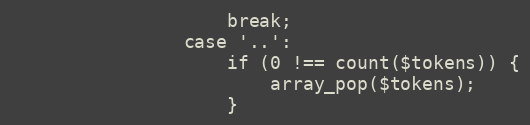
Language: PHP
                    break;
                case '..':
                    if (0 !== count($tokens)) {
                        array_pop($tokens);
                    }